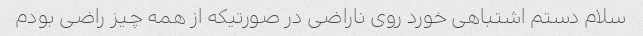
سلام دستم اشتباهی خورد روی ناراضی در صورتیکه از همه چیز راضی بودم